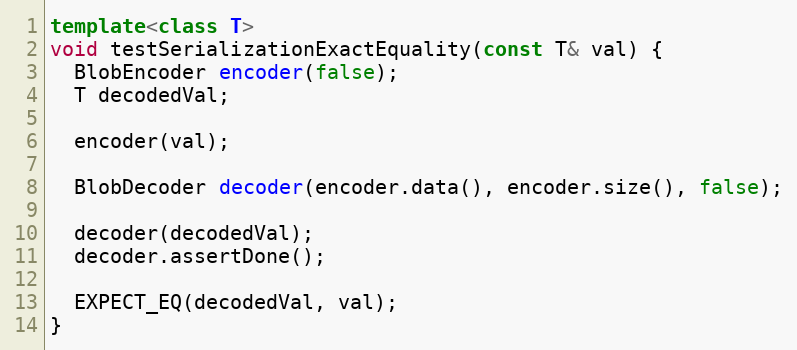
Language: C++
template<class T>
void testSerializationExactEquality(const T& val) {
  BlobEncoder encoder(false);
  T decodedVal;

  encoder(val);

  BlobDecoder decoder(encoder.data(), encoder.size(), false);

  decoder(decodedVal);
  decoder.assertDone();

  EXPECT_EQ(decodedVal, val);
}